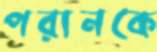
পরানকে